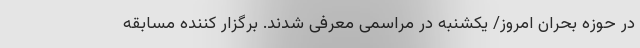
در حوزه بحران امروز/ یکشنبه در مراسمی معرفی شدند. برگزار کننده مسابقه